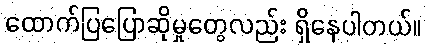
ထောက်ပြပြောဆိုမှုတွေလည်း ရှိနေပါတယ်။